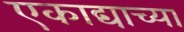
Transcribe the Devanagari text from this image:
एकाद्याच्या